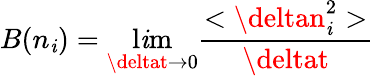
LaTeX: B(n_{\mathit{i}})=\operatorname*{l\mathit{i}m}_{\deltat\to0}\frac{{<\deltan_{\mathit{i}}^{2}>}}{{\deltat}}